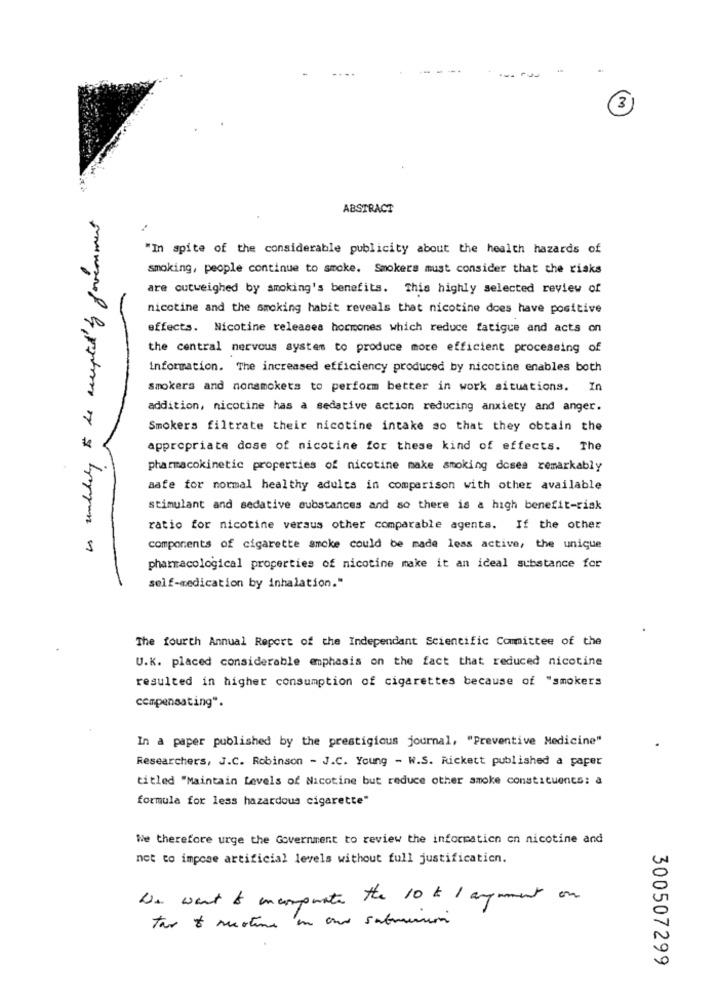
3
is undduty to be accepted by government
ABSTRACT
"In spite of the considerable publicity about the health hazards of
smoking, people continue to smoke. Smokers must consider that the risks
are outweighed by smoking's benefits. This highly selected review of
nicotine and the smoking habit reveals that nicotine does have positive
effects. Nicotine releases hormones which reduce fatigue and acts on
the central nervous system to produce more efficient processing of
information. The increased efficiency produced by nicotine enables both
smokers and nonsmckets to perform better in work situations. In
addition, nicotine has a sedative action reducing anxiety and anger.
7
Smokers filtrate their nicotine intake so that they obtain the
*
appropriate dose of nicotine for these kind of effects. The
pharmacokinetic properties of nicotine make smoking doses remarkably
safe for normal healthy adults in comparison with other available
stimulant and sedative substances and so there is a high benefit-risk
ratio for nicotine versus other comparable agents. If the other
components of cigarette smoke could be made less active, the unique
pharmacological properties of nicotine make it an ideal substance for
self-medication by inhalation."
The fourth Annual Report of the Independant Scientific Committee of the
U.K. placed considerable emphasis on the fact that reduced nicotine
resulted in higher consumption of cigarettes because of "smokers
compensating".
In a paper published by the prestigious journal, "Preventive Medicine"
Researchers, J.C. Robinson - J.C. Young - W.S. Rickett published a paper
titled "Maintain Levels of Nicotine but reduce other smoke constituents: a
formula for less hazardous cigarette"
We therefore urge the Government to review the information on nicotine and
not to impose artificial levels without full justification.
We want to incorporate the 10 k 1 argument on
tar & mestine in and submission
300507299